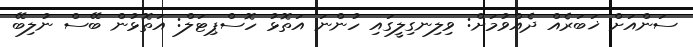
ސަންއަށް ޚަބަރެއް ދެއްވުމަށް: ވިލިނގިލީގައި ހުންނަ އަތޮޅު ހޮސްޕިޓަލް: އަތޮޅުން ބޭސް ނުލިބޭ